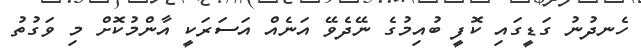
ހެނދުނު ގަޑީގައި ކޮފީ ބުއިމުގެ ނޭދެވޭ އަނެއް އަސަރަކީ އާންމުކޮށް މި ވަގުތު